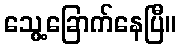
သွေ့ခြောက်နေပြီ။